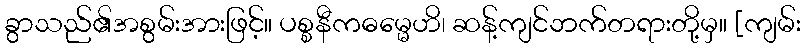
ခွာသည်၏အစွမ်းအားဖြင့်။ ပစ္စနီကဓမ္မေဟိ၊ ဆန့်ကျင်ဘက်တရားတို့မှ။ [ကျမ်း